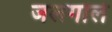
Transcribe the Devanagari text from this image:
जलगोले